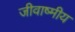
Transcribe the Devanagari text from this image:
जीवाष्मीय